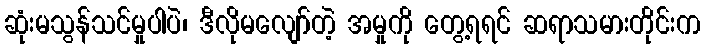
ဆုံးမသွန်သင်မှုပါပဲ၊ ဒီလိုမလျော်တဲ့ အမှုကို တွေ့ရရင် ဆရာသမားတိုင်းက